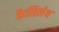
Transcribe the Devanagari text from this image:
कैसिलेथ